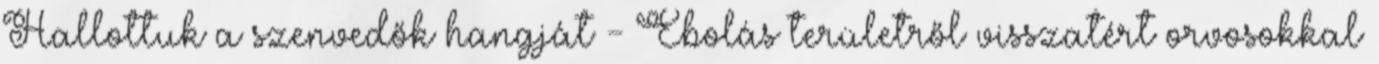
Hallottuk a szenvedők hangját - Ebolás területről visszatért orvosokkal